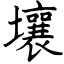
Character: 壤